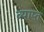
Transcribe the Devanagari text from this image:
ब्याप्त